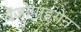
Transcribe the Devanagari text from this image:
बेंजोपाइरोन